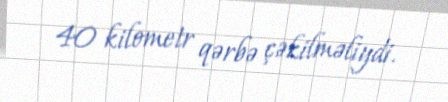
40 kilometr qərbə çəkilməliydi.